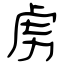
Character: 虏